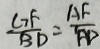
\frac { G F } { B D } = \frac { A F } { A D }